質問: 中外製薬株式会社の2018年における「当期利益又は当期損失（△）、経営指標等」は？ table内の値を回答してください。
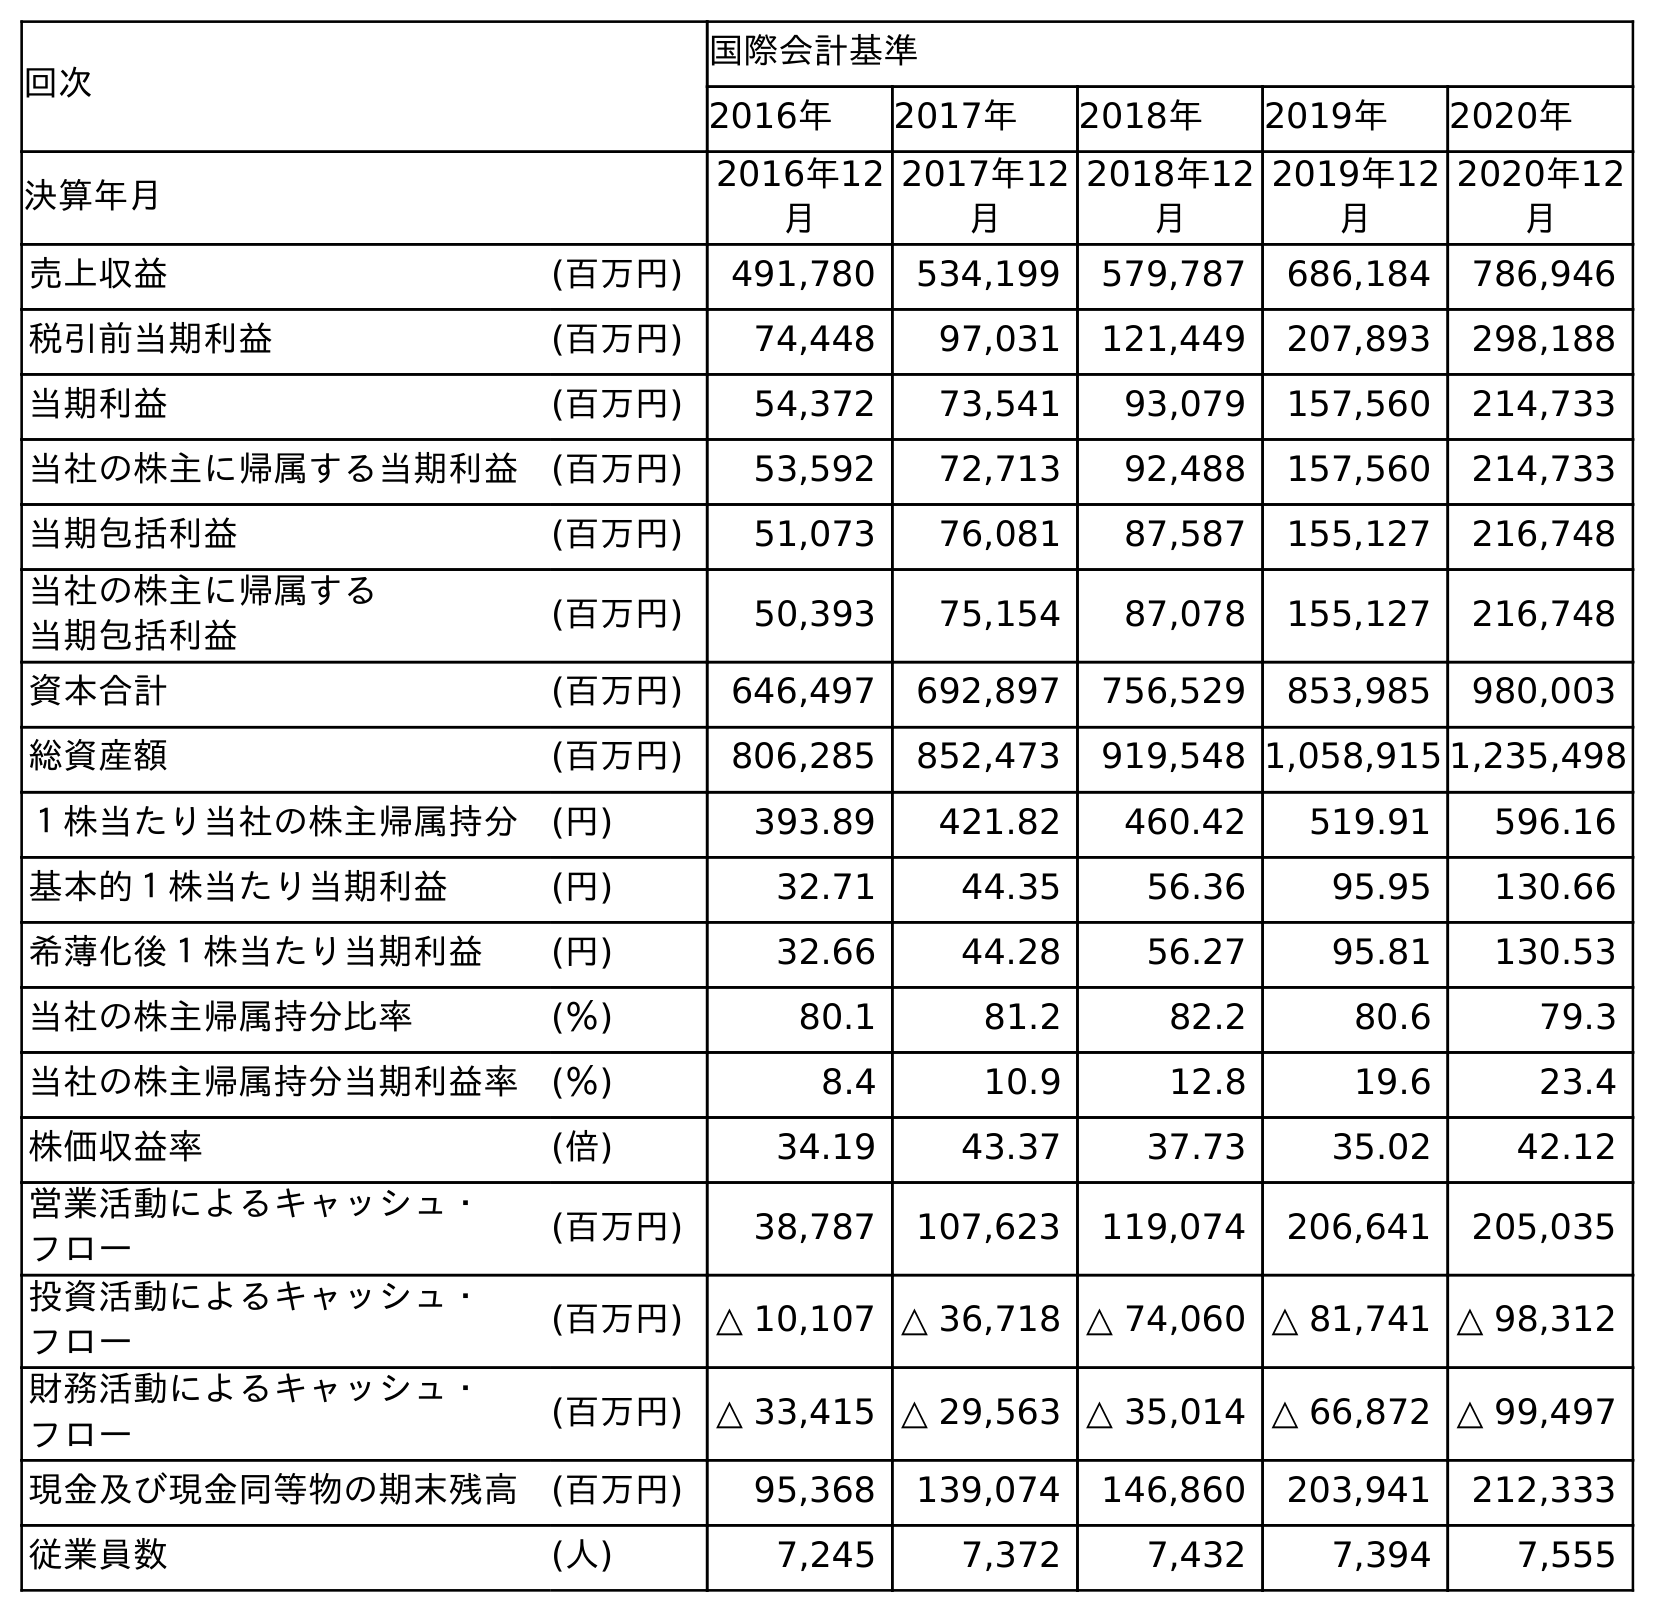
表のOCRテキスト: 回次 国際会計基準 2016年 2017年 2018年 2019年 2020年 決算年月 2016年12 月 2017年12 月 2018年12 月 2019年12 月 2020年12 月 売上収益 (百万円) 491,780 534,199 579,787 686,184 786,946 税引前当期利益 (百万円) 74,448 97,031 121,449 207,893 298,188 当期利益 (百万円) 54,372 73,541 93,079 157,560 214,733 当社の株主に帰属する当期利益 (百万円) 53,592 72,713 92,488 157,560 214,733 当期包括利益 (百万円) 51,073 76,081 87,587 155,127 216,748 当社の株主に帰属する 当期包括利益 (百万円) 50,393 75,154 87,078 155,127 216,748 資本合計 (百万円) 646,497 692,897 756,529 853,985 980,003 総資産額 (百万円) 806,285 852,473 919,548 1,058,915 1,235,498 １株当たり当社の株主帰属持分 (円) 393.89 421.82 460.42 519.91 596.16 基本的１株当たり当期利益 (円) 32.71 44.35 56.36 95.95 130.66 希薄化後１株当たり当期利益 (円) 32.66 44.28 56.27 95.81 130.53 当社の株主帰属持分比率 (％) 80.1 81.2 82.2 80.6 79.3 当社の株主帰属持分当期利益率 (％) 8.4 10.9 12.8 19.6 23.4 株価収益率 (倍) 34.19 43.37 37.73 35.02 42.12 営業活動によるキャッシュ・ フロー (百万円) 38,787 107,623 119,074 206,641 205,035 投資活動によるキャッシュ・ フロー (百万円) △ 10,107 △ 36,718 △ 74,060 △ 81,741 △ 98,312 財務活動によるキャッシュ・ フロー (百万円) △ 33,415 △ 29,563 △ 35,014 △ 66,872 △ 99,497 現金及び現金同等物の期末残高 (百万円) 95,368 139,074 146,860 203,941 212,333 従業員数 (人) 7,245 7,372 7,432 7,394 7,555
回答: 93,079